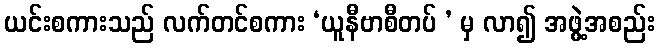
ယင်းစကားသည် လက်တင်စကား ‘ယူနီဗာစီတပ် ’ မှ လာ၍ အဖွဲ့အစည်း